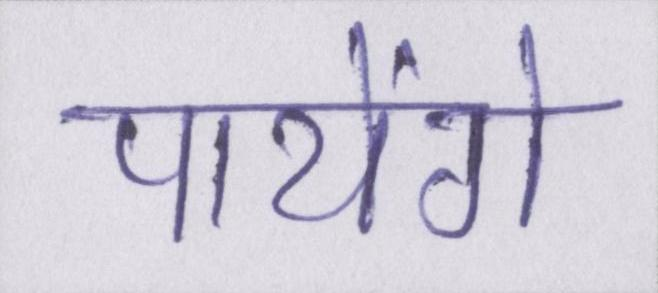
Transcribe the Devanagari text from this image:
पायेंगे